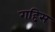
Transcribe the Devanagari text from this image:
गद्दिस